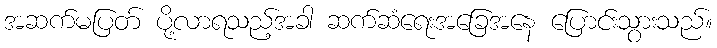
အဆက်မပြတ် ပို့လာရသည့်အခါ ဆက်ဆံရေးအခြေအနေ ပြောင်းသွားသည်။